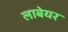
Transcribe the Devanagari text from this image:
लाबेयर